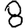
Digit: 8